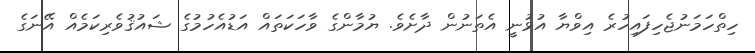
ހިތްހަމަނުޖެހިފައިހުރެ އިވްޔާ އުޅުނީ އެތަނުން ދާށެވެ. ޔުމާންގެ ވާހަކަތައް އަޑުއެހުމުގެ ޝައުޤުވެރިކަމެއް އޭނަގެ